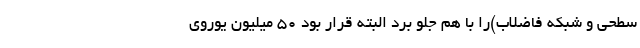
سطحی و شبکه فاضلاب)را با هم جلو برد البته قرار بود ۵۰ میلیون یوروی